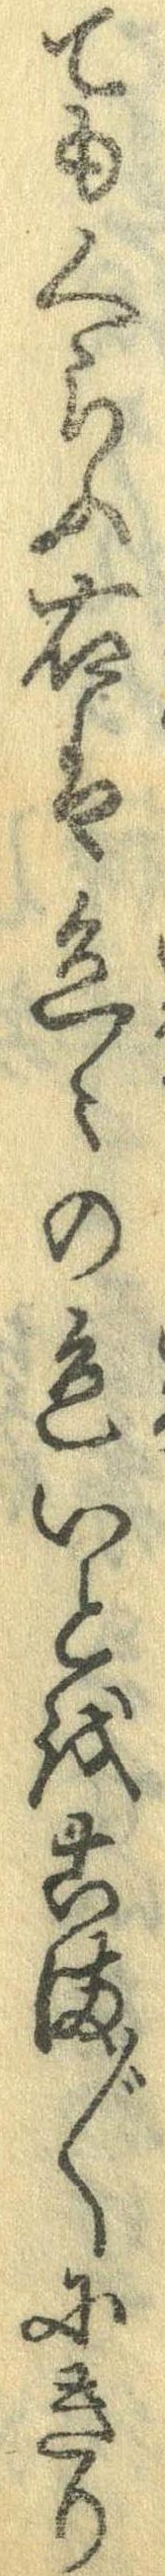
てもくらふ右は色々の色いとをこま〲にきり